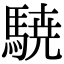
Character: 𮪈